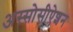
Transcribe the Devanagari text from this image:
अस्सोसीऐशन